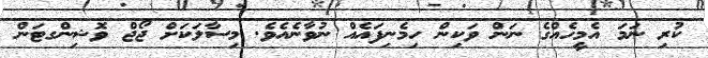
ކުރި ނަމަ އެމީހެއްގެ ނަން ވަކިން ހިމެނިފައެއް ނުވާނެއެވެ. މިސާލަކަށް ޖޯޖް ވޮޝިންގޓަން